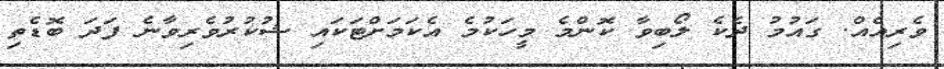
ވެރިއެއް. ގައުމު ދެކެ ލޯބިވާ ކޮންމެ މީހަކުމެ އެކަމަށްޓަކައި ޝުކުރުވެރިވާނެ ފަދަ ބޮޑެތި